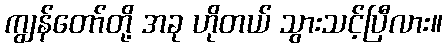
ကျွန်တော်တို့ အခု ဟိုတယ် သွားသင့်ပြီလား။